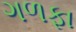
ગળફા